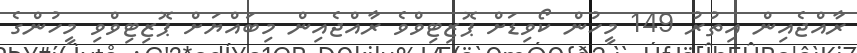
ރާއްޖެއިން އިތުރު 149 މީހުން ކޯވިޑަށް ޕޮޒިޓިވްވެ ރާއްޖެއިން މިބައްޔަށް ޕޮޒިޓިވްވި މީހުންގެ